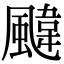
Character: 颹